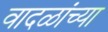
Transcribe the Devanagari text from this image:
वादळांच्या